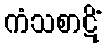
ကံသစာဋိံ